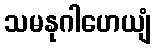
သမနုဂါဟေယျံ